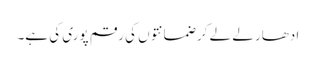
ادھار لے لے کر ضمانتوں کی رقم پوری کی ہے۔